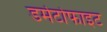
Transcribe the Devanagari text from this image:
डर्मेटोफाइट